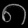
Digit: ၈